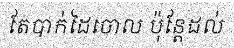
តែបាក់ដៃចោល ប៉ុន្តែដល់